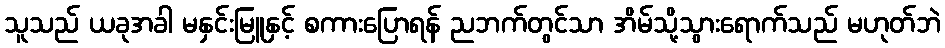
သူသည် ယခုအခါ မနှင်းမြူနှင့် စကားပြောရန် ညဘက်တွင်သာ အိမ်သို့သွားရောက်သည် မဟုတ်ဘဲ